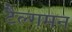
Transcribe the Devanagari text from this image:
टैल्गमन